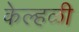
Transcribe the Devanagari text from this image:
केल्हळी